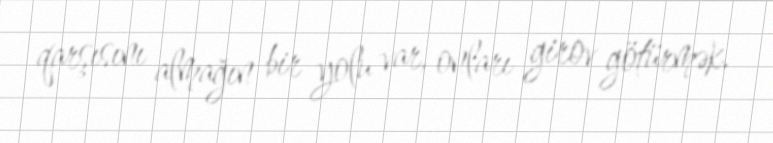
qarşısını almağın bir yolu var, onları girov götürmək.